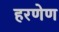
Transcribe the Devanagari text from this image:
हरणेण